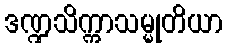
ဒဏ္ဍသိက္ကာသမ္မုတိယာ